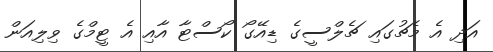
އަދި އެ މެޗުގައި ޗެލްސީގެ ޑިއޭގޯ ކޯސްޓާ އާއި އެ ޓީމްގެ ވިލިއަން